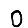
Digit: 0